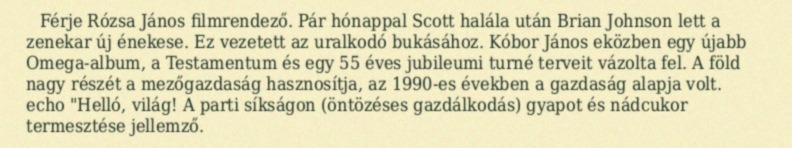
Férje Rózsa János filmrendező. Pár hónappal Scott halála után Brian Johnson lett a zenekar új énekese. Ez vezetett az uralkodó bukásához. Kóbor János eközben egy újabb Omega-album, a Testamentum és egy 55 éves jubileumi turné terveit vázolta fel. A föld nagy részét a mezőgazdaság hasznosítja, az 1990-es években a gazdaság alapja volt. echo "Helló, világ! A parti síkságon (öntözéses gazdálkodás) gyapot és nádcukor termesztése jellemző.